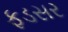
ફડસર